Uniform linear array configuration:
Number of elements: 32
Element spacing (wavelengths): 1
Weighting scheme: kaiser
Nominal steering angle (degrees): -45
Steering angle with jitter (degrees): -44.059
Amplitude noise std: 0.05
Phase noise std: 0.05

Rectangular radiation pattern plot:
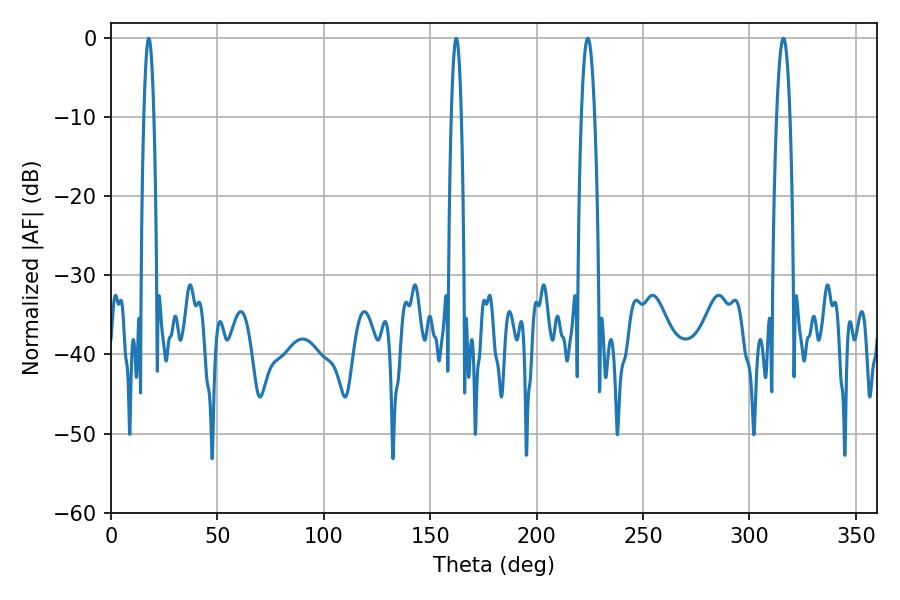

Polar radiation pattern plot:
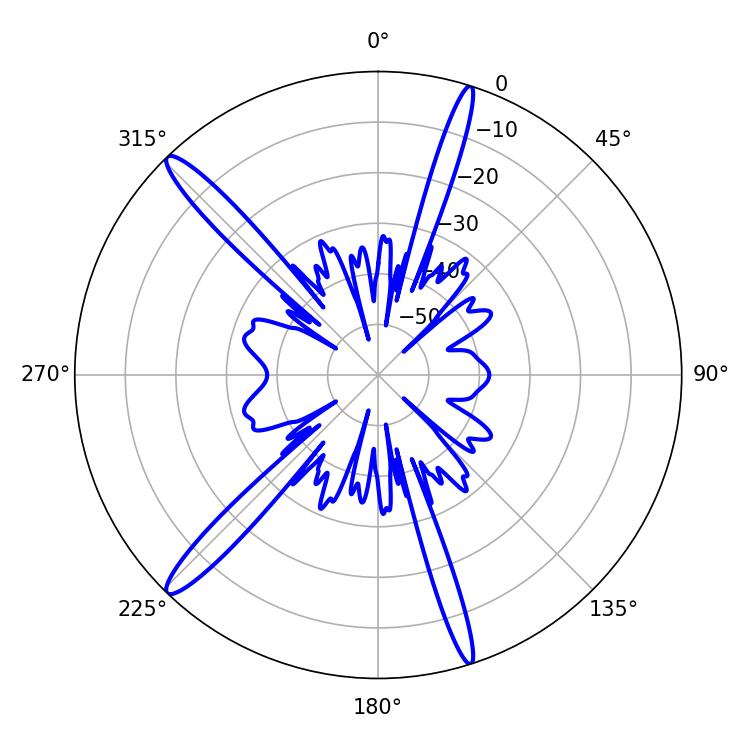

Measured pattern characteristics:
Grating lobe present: TRUE
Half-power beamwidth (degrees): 3.42
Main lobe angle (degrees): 224.1